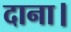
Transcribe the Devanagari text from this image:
दाना।